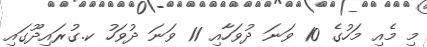
މި މެއި މަހުގެ 10 ވަނަ ދުވަހާއި 11 ވަނަ ދުވަހު ކ.ގުރައިދޫގައި